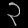
Digit: ၃